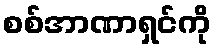
စစ်အာဏာရှင်ကို